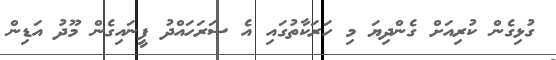
ގުޅިގެން ކުރިއަށް ގެންދިޔަ މި ހަރަކާތުގައި އެ ސަރަހައްދު ފީނައިގެން މޫދު އަޑިން